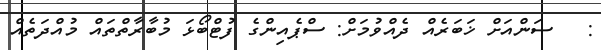
:   ސަންއަށް ޚަބަރެއް ދެއްވުމަށް: ސްޕެއިންގެ ފުޓްބޯޅަ މުބާރާތްތައް މުއްދަތެއް